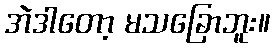
အဲဒါတော့ မသခြောဘူး။